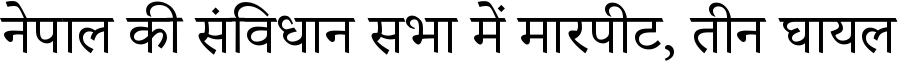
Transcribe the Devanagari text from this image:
नेपाल की संविधान सभा में मारपीट, तीन घायल